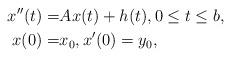
LaTeX: \begin{align*}x''(t)=&Ax(t)+h(t), 0\le t\le b,\\x(0)=&x_0, x'(0)=y_0,\end{align*}